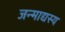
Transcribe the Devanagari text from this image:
जन्माद्यस्य